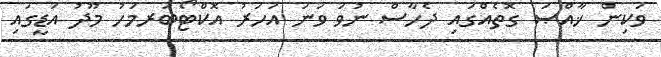
ވަކިން ޚާއްޞަ ގޮތެއްގައި ދެހާސް ނުވަ ވަނަ އަހަރު އޮކްޓޯބަރމަހު މޫދު އަޑީގައި